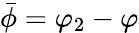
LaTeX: \bar{\phi}=\varphi_{2}-\varphi